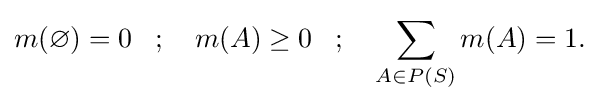
m(\varnothing )=0\,\,\,\,\,\,\!;\,\,\,\,\,\,m(A)\geq 0\,\,\,\,\,\,\!;\,\,\,\,\,\,\sum _{A\in P(S)}m(A)=1.\,\!